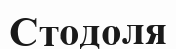
Стодоля